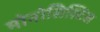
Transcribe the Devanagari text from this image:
मोनोसिस्टिस